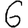
Digit: 6